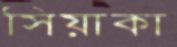
সিয়াকা